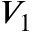
V _ { 1 }